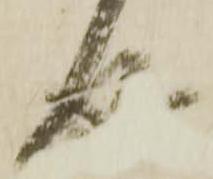
成